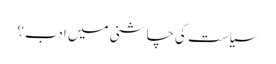
سیاست کی چاشنی میں ادب؟